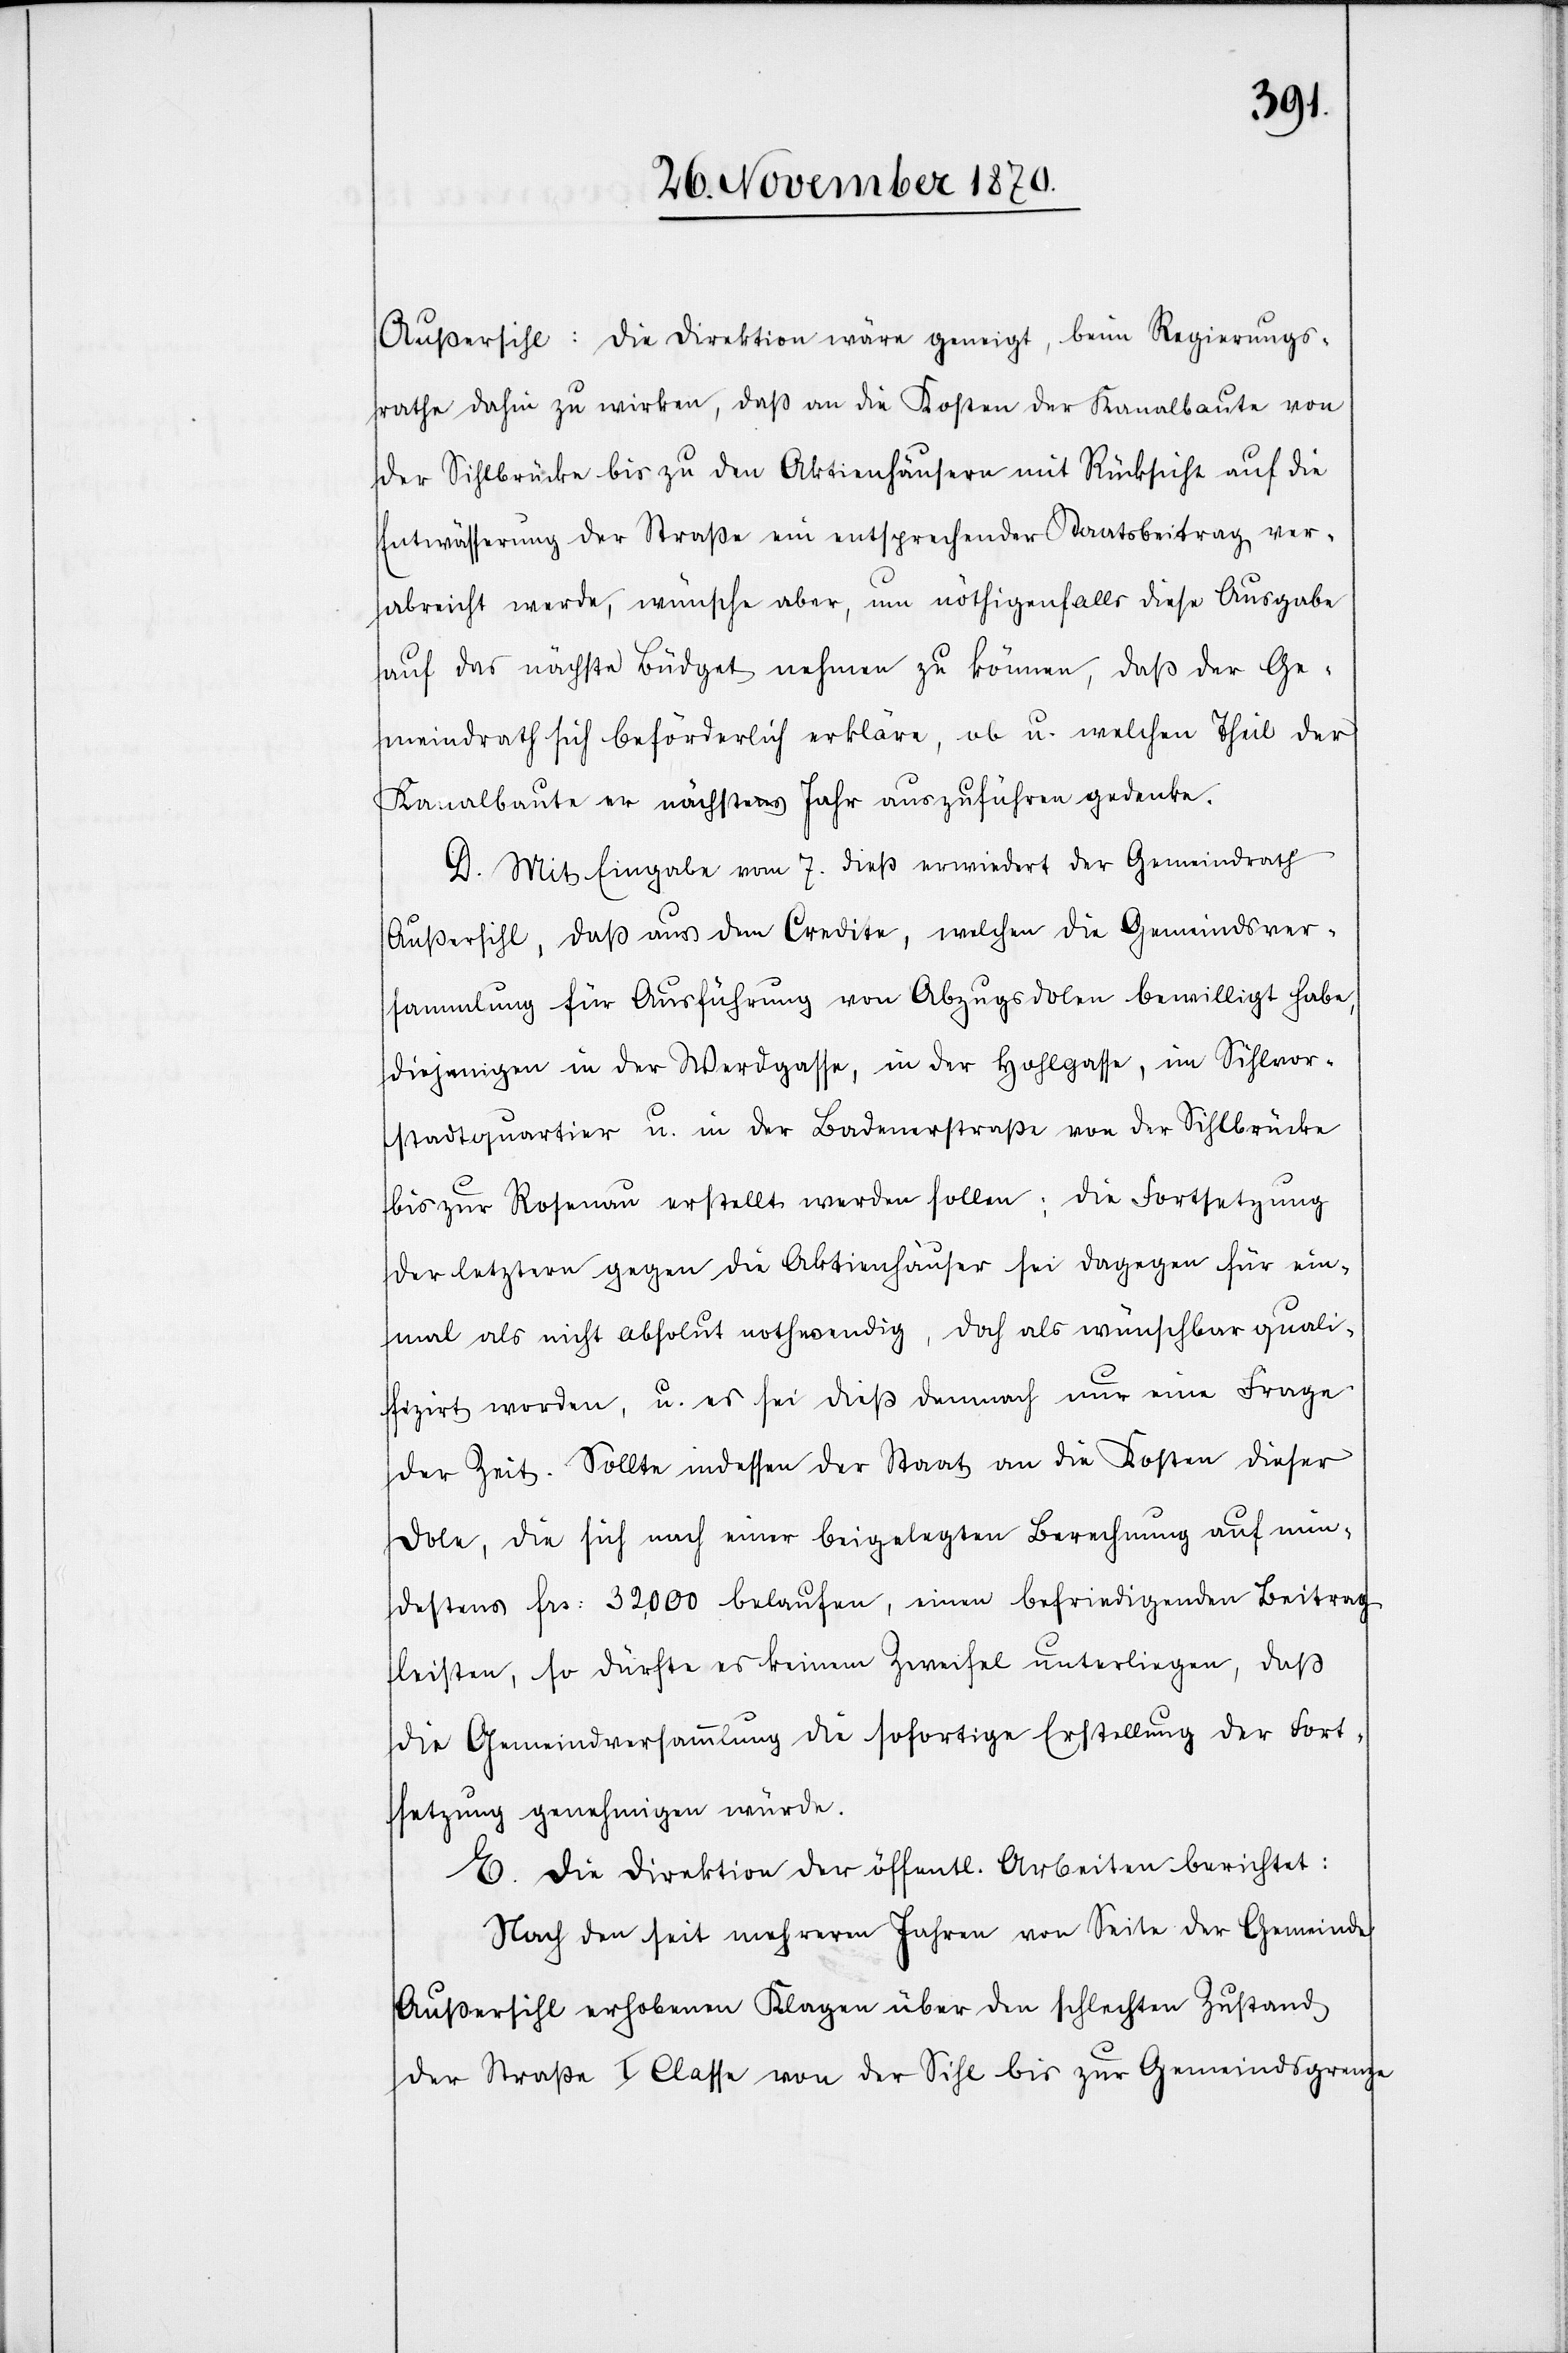
Außersihl: Die Direktion wäre geneigt, beim Regierungs¬
rathe dahin zu wirken, daß an die Kosten der Kanalbaute von
der Sihlbrücke bis zu den Aktienhäusern mit Rücksicht auf die
Entwässerung der Straße ein entsprechender Staatsbeitrag ver¬
abreicht werde, wünsche aber, um nöthigenfalls diese Ausgabe
auf das nächste Büdget nehmen zu können, daß der Ge¬
meindrath sich beförderlich erkläre, ob u. welchen Theil der
Kanalbaute er nächstes Jahr auszuführen gedenke.
D. Mit Eingabe vom 7. dies erwiedert der Gemeindrath
Außersihl, daß aus dem Credite, welcher die Gemeindsvers¬
ammlung für Ausführung von Abzugsdolen bewilligt habe,
diejenigen in der Werdgasse, in der Hohlgasse, im Sihlvor¬
stadtquartier u. in der Badenerstraße von der Sihlbrücke
bis zur Rosenau erstellt werden sollen; die Fortsetzung
der letztern gegen die Aktienhäuser sei dagegen für ein¬
mals als nicht absolut nothwendig, doch als wünschbar quali¬
fizirt worden, u. es sei dieß demnach nur eine Frage
der Zeit. Sollte indessen der Staat an die Kosten dieser
Dole, die sich nach einer beigelegten Berechnung auf min¬
destens Frs: 32,000 belaufen, einen befriedigenden Beitrag
leisten, so dürfte es keinem Zweifel unterliegen, daß
die Gemeindversammlung die sofortige Erstellung der Fort¬
setzung genehmigen würde.
E. Die Direktion der öffentl. Arbeiten berichtet:
Nach den seit mehreren Jahren von Seite der Gemeinde
Außersihl erhobenen Klagen über den schlechten Zustand
der Straße I Classe von der Sihl bis zur Gemeindsgrenze